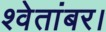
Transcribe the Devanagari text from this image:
श्वेतांबर।